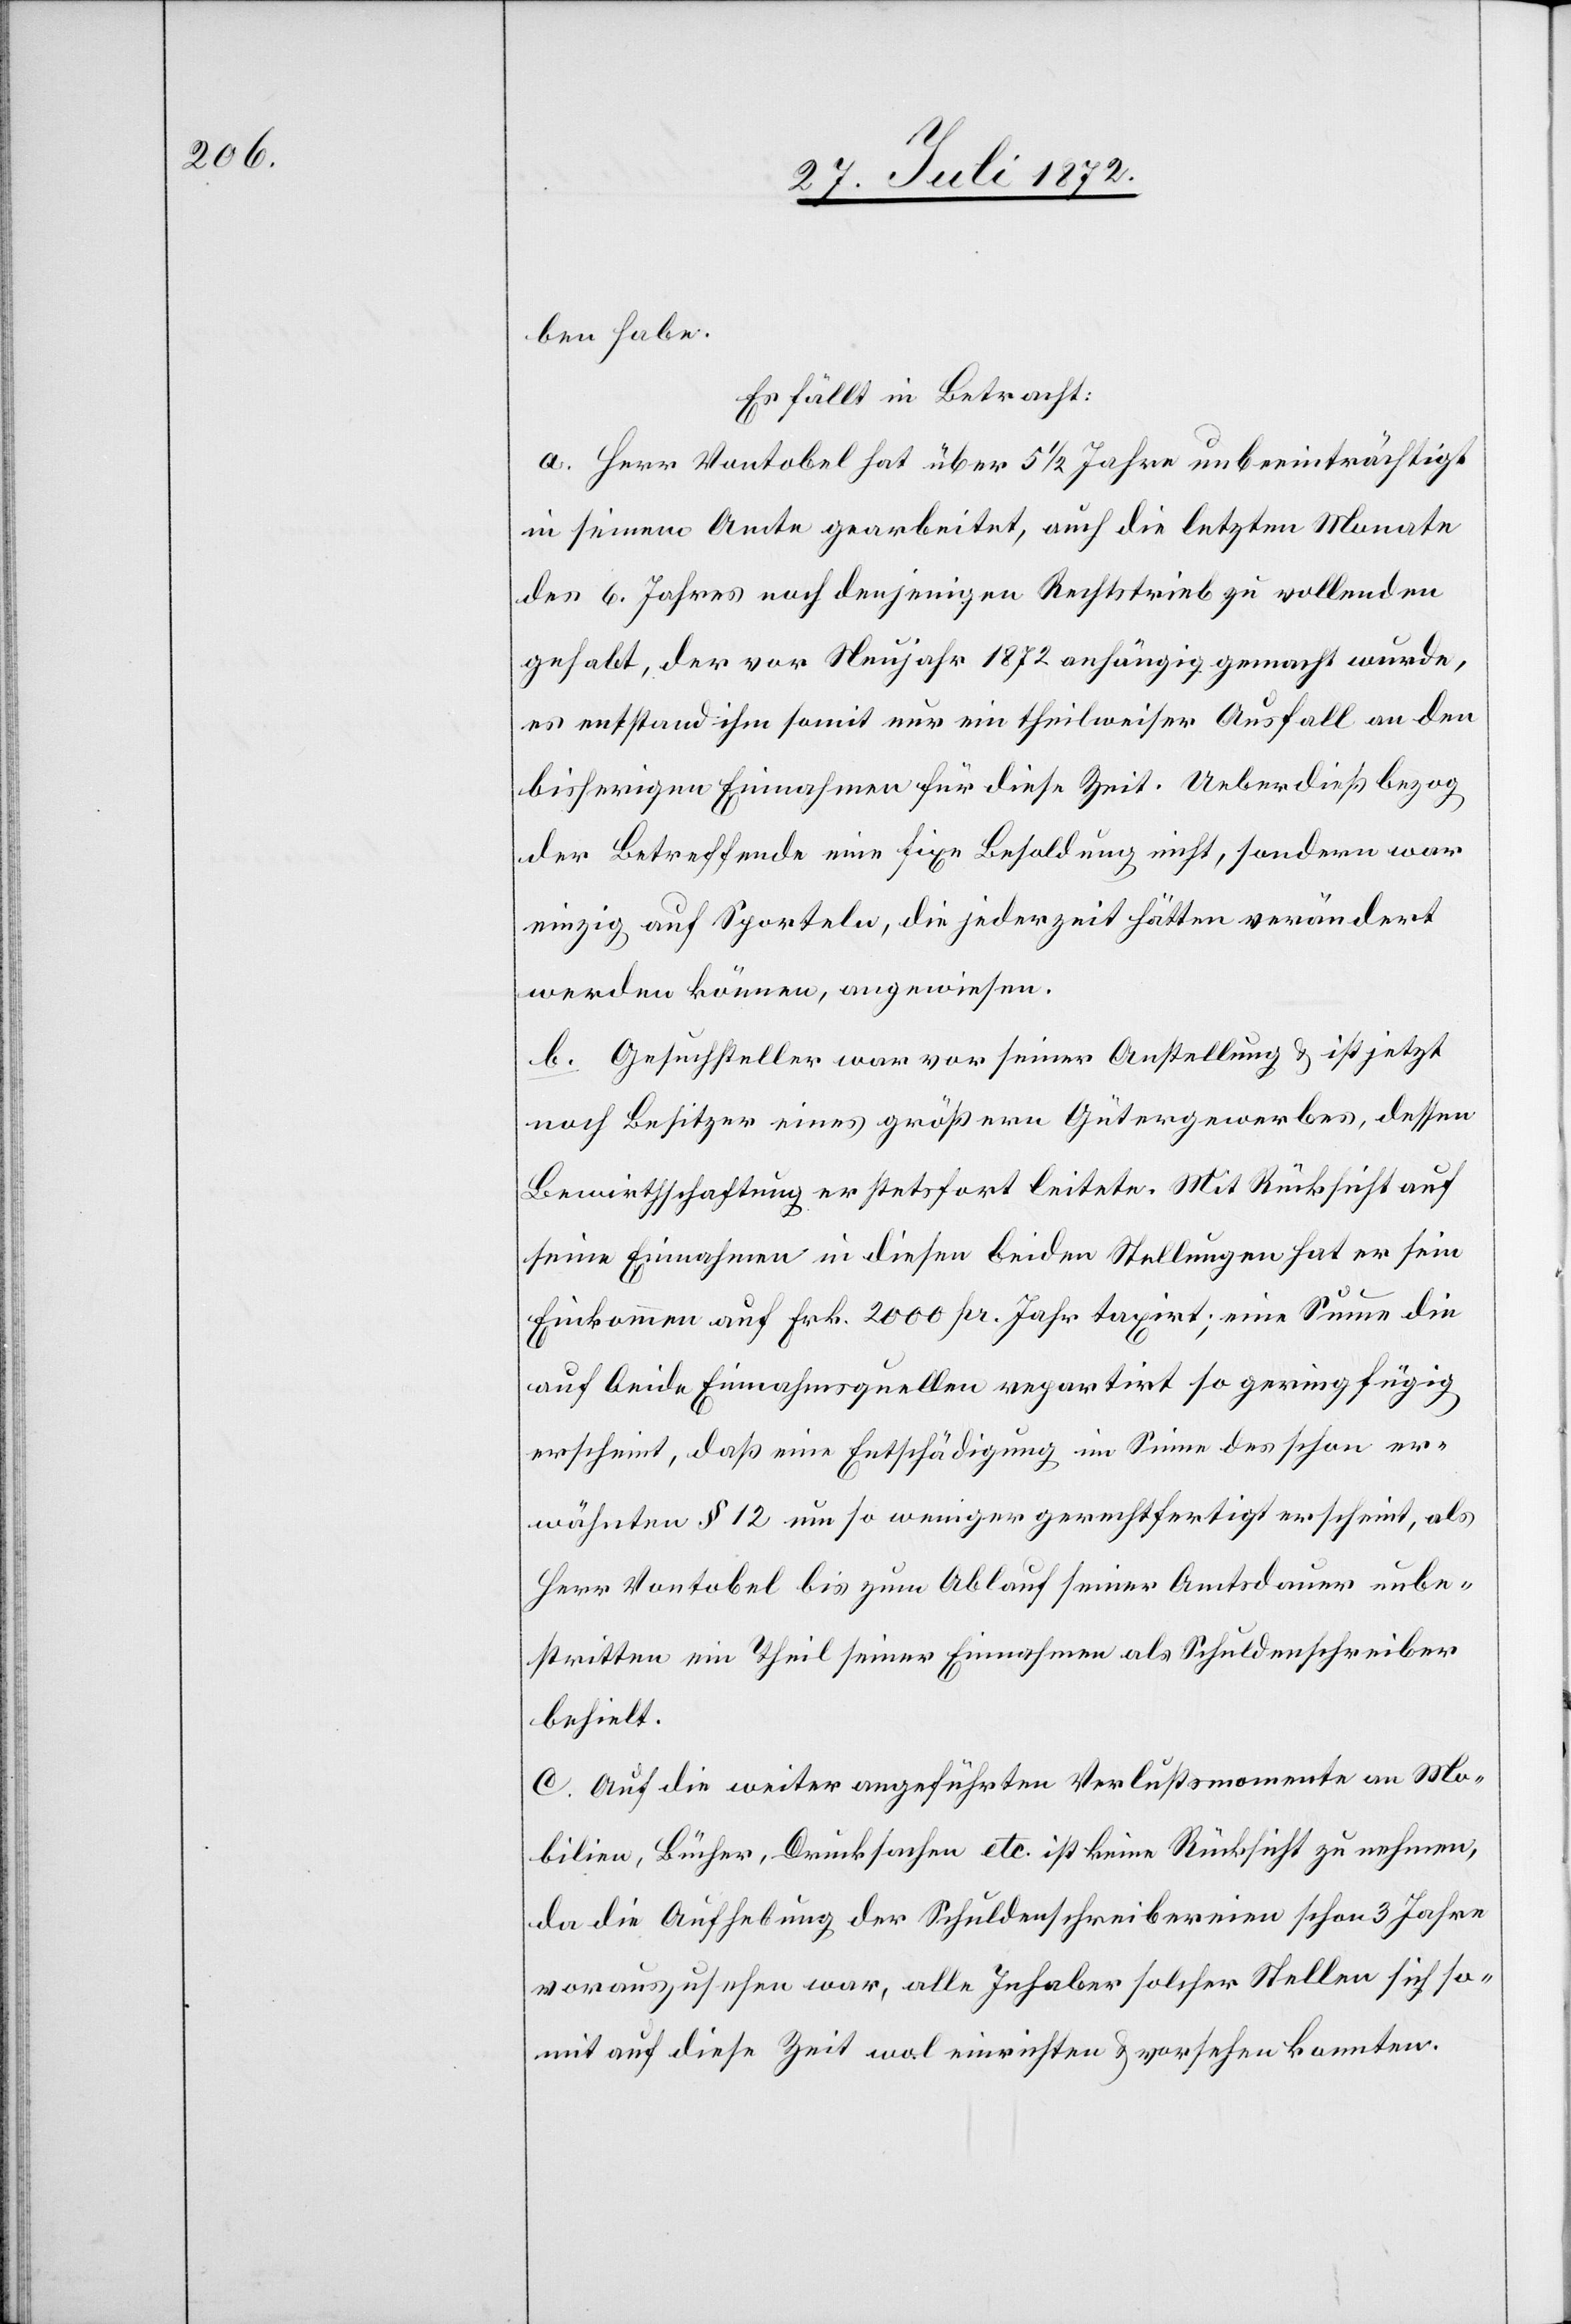
ben habe.
Es fällt in Betracht:
a. Herr Vontobel hat über 5 1/2 Jahre unbeeinträchtigt
in seinem Amte gearbeitet, auch die letzten Monate
des 6. Jahres noch denjenigen Rechtstrieb zu vollenden
gehabt, der vor Neujahr 1872 anhängig gemacht wurde,
es entstand ihm somit nur ein theilweise Ausfall an den
bisherigen Einnahmen für diese Zeit. Ueberdieß bezog
der Betreffende eine fixe Besoldung nicht, sondern war
einzig auf Sporteln, die jederzeit hätten verändert
werden können, angewiesen.
b. Gesuchsteller war vor seine Anstellung u. ist jetzt
noch Besitzer eines größern Gütergewerbes, dessen
Bewirthschaftung er stets fort leitete. Mit Rücksicht auf
seine Einnahmen in diesen beiden Stellungen hat er sein
Einkommen auf Frk. 2000 pr. Jahr taxirt; eine Summe die
auf beide Einnahmsquellen repartirt so geringfügig
erscheint, daß eine Entschädigung im Sinne des schon er¬
wähnten § 12 um so weniger gerechtfertigt erscheint, als
Herr Vontobel bis zum Ablauf seiner Amtsdauer unbe¬
stritten ein Theil seiner Einnahmen als Schuldenschreiber
behielt.
c. Auf die weiter angeführten Verlustsmomente an Mo¬
bilien, Bücher, Drucksachen etc. ist keine Rücksicht zu nehmen,
da die Aufhebung der Schuldenschreibereien schon 3 Jahre
vorauszusehen war, alle Inhaber solcher Stellen sich so¬
mit auf diese Zeit wol einrichten u. vorsehen konnten.